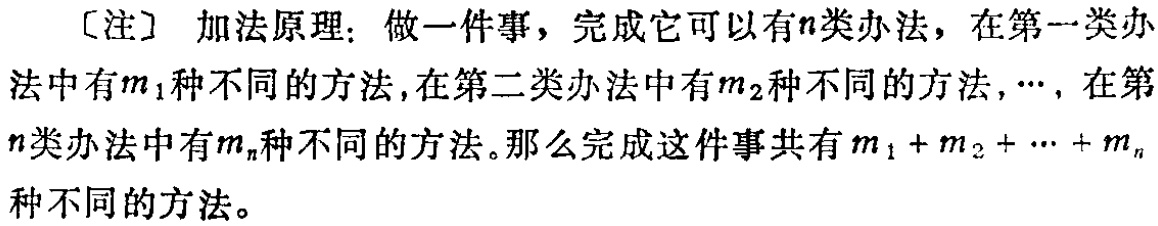
[注] 加法原理：做一件事，完成它可以有\(n\)类办法，在第一类办法中有\(m_1\)种不同的方法，在第二类办法中有\(m_2\)种不同的方法，\(\cdots\)，在第\(n\)类办法中有\(m_n\)种不同的方法。那么完成这件事共有\(m_1 + m_2 + \cdots + m_n\)种不同的方法。